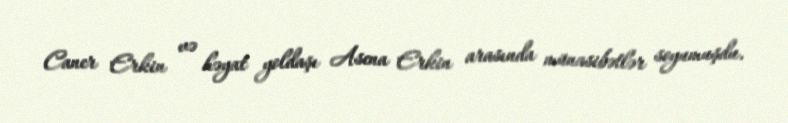
Caner Erkin və həyat yoldaşı Asena Erkin arasında münasibətlər soyumuşdu.